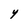
Character: Y